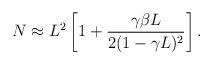
LaTeX: \begin{align*}N \approx L^2 \left[ 1 + \frac{\gamma \beta L}{2 (1 - \gamma L)^2} \right].\end{align*}